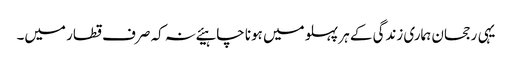
یہی رجحان ہماری زندگی کے ہر پہلو میں ہونا چاہیئے نہ کہ صرف قطار میں۔